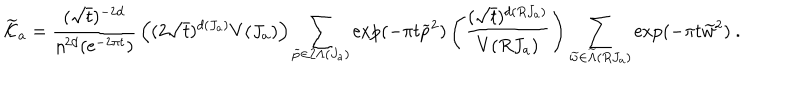
{ \widetilde { \cal K } } _ { a } = { \frac { ( \sqrt { t } ) ^ { - 2 d } } { \eta ^ { 2 d } ( { \mathrm { e } } ^ { - 2 \pi t } ) } } \left( ( 2 \sqrt { t } ) ^ { d ( J _ { a } ) } V ( J _ { a } ) \right) \sum _ { { \widetilde p } \in 2 \Lambda ( J _ { a } ) } \exp ( - \pi t { \widetilde p } ^ { 2 } ) \left( { \frac { ( \sqrt { t } ) ^ { d ( R J _ { a } ) } } { V ( R J _ { a } ) } } \right) \sum _ { { \widetilde w } \in { \widetilde \Lambda } ( R J _ { a } ) } \exp ( - \pi t { \widetilde w } ^ { 2 } ) ~ .